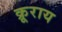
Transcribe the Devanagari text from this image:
क्रूराय